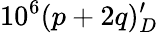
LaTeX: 10^{6}(p+2q)_{D}^{\prime}